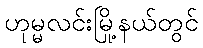
ဟုမ္မလင်းမြို့နယ်တွင်